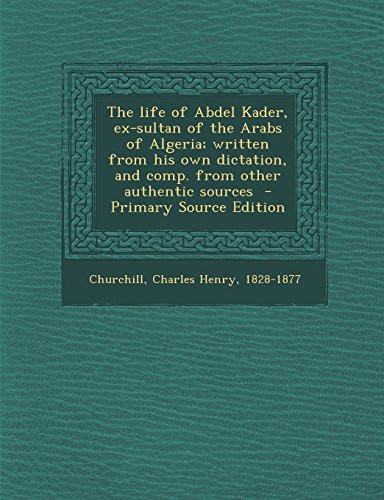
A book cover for The life of Abdel Kader, ex-sultan of the Arabs of Algeria; written from his own dictation, and comp. from other authentic sources; History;